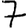
Digit: 7